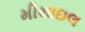
મીથાઇલ